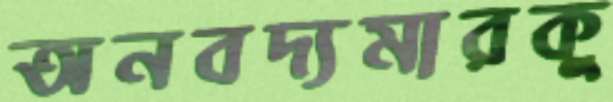
অনবদ্যমারকু